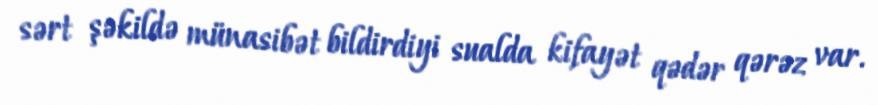
sərt şəkildə münasibət bildirdiyi sualda kifayət qədər qərəz var.